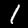
Digit: 1